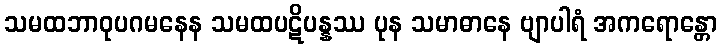
သမထဘာဝုပဂမနေန သမထပဋိပန္နဿ ပုန သမာဓာနေ ဗျာပါရံ အကရောန္တော